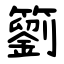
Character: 䉧